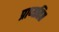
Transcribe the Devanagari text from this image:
प्राप्यति॥